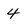
Character: 4